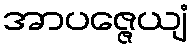
အာပဇ္ဇေယျံ